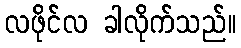
လဖိုင်လ ခါလိုက်သည်။